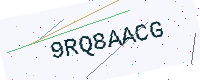
Text: 9RQ8AACG